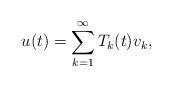
LaTeX: \begin{align*}u(t) = \sum\limits_{k=1}^\infty T_k(t) v_k,\end{align*}